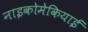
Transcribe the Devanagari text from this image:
नाइकोमेकियाई